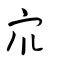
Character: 𠍸